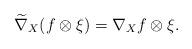
LaTeX: \begin{align*}\widetilde{\nabla}_{X}(f\otimes\xi)=\nabla_{X}f\otimes\xi.\end{align*}